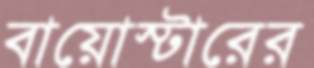
বায়োস্টারের